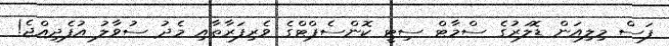
ފަސް މިލިއަން ޑޮލަރުގެ ސްމާޓް ސިޓީ ކޮންސެޕްޓްގެ ވެރިފަރާތާއި މެދު ސުވާލު އުފެދިއްޖެ!